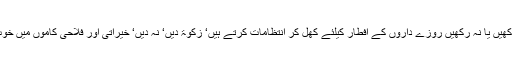
اس طرح روزہ رکھیں یا نہ رکھیں روزے داروں کے افطار کیلئے کھل کر انتظامات کرتے ہیں‘ زکوٰۃ دیں‘ نہ دیں‘ خیراتی اور فلاحی کاموں میں خوب پیسہ دیتے ہیں۔